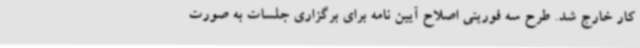
کار خارج شد. طرح سه فوریتی اصلاح آیین نامه برای برگزاری جلسات به صورت